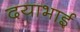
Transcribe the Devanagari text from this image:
दयाभाई